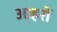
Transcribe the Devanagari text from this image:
आहरों